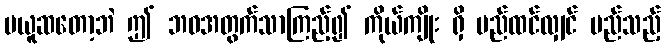
မယူဆတော့ဘဲ ဤ ဘဝအတွက်သာကြည့်၍ ကိုယ်ကျိုး ရှိ မည်ထင်လျှင် မည်သည့်